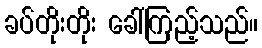
ခပ်တိုးတိုး ခေါ်ကြည့်သည်။